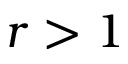
r > 1